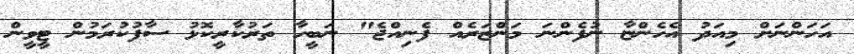
އަހަންނަށް މިއަދު އެހެންޏާ ނުފެންނަ މަންޒަރެއް ފެނިއްޖެ" ނަބީހާ ތަރުކާރީކޮޅު ސާފުކުރަމުން ޓީވީން